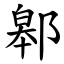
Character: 䣗